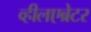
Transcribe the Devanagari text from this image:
व्हीलएब्रेटर